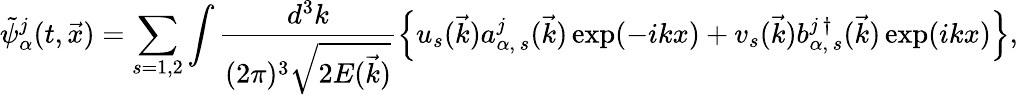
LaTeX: \tilde{\psi}_{\alpha}^{j}(t,\vec{x})=\sum_{s=1,2}\int\frac{d^{3}k}{(2\pi)^{3}\sqrt{2E(\vec{k})}}\left\{ u_{s}(\vec{k})a_{\alpha,\, s}^{j}(\vec{k})\exp(-ikx)+v_{s}(\vec{k})b_{\alpha,\, s}^{j\, \dagger}(\vec{k})\exp(ikx)\right\} ,